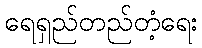
ရေရှည်တည်တံ့ရေး